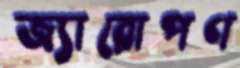
জ্যারোপণ